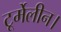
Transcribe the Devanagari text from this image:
टूर्मेलीन।